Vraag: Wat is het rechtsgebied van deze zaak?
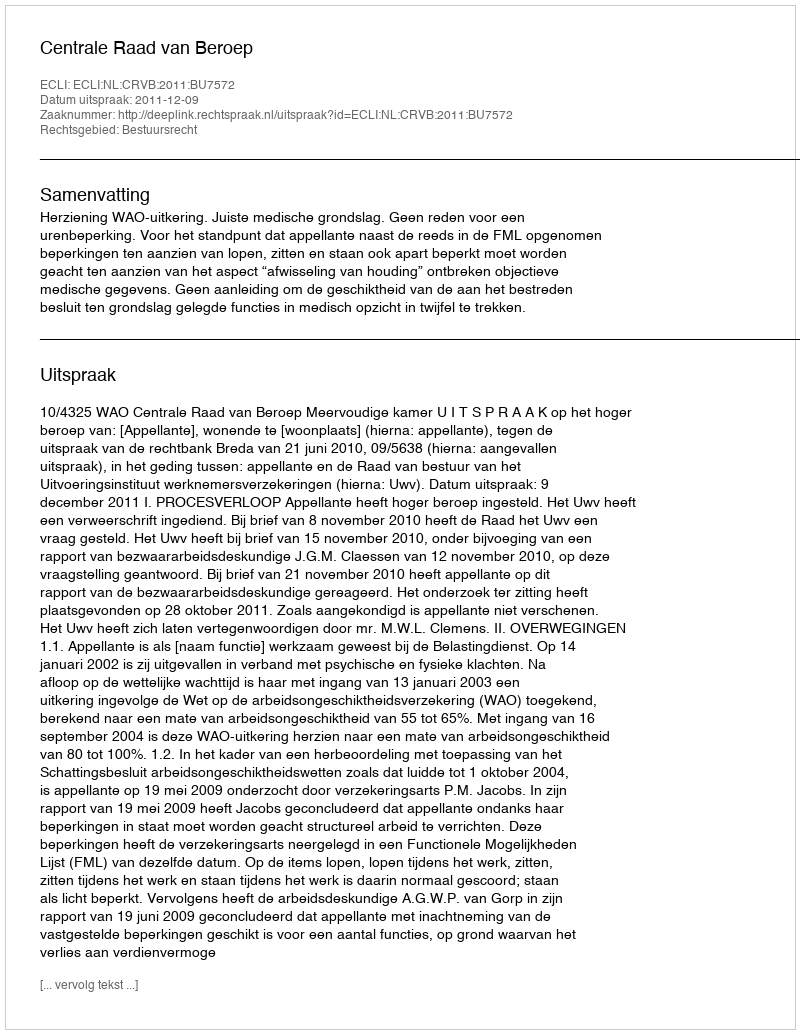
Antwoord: Bestuursrecht